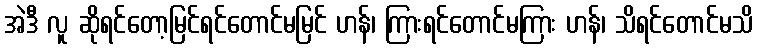
အဲဒီ လူ ဆိုရင်တော့မြင်ရင်တောင်မမြင် ဟန်၊ ကြားရင်တောင်မကြား ဟန်၊ သိရင်တောင်မသိ